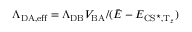
\Lambda _ { \mathrm { D A , e f f } } = { \Lambda _ { \mathrm { D B } } V _ { \mathrm { B A } } } / ( { \bar { E } - E _ { \mathrm { C S } ^ { \star } , \ensuremath { \mathrm { T } } _ { z } } } )